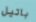
باتيل